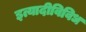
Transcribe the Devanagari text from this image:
इत्यादीविविध